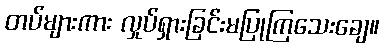
တပ်များကား လှုပ်ရှားခြင်းမပြုကြသေးချေ။